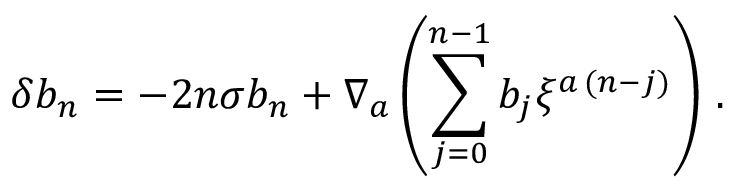
\delta b _ { n } = - 2 n \sigma b _ { n } + \nabla _ { a } \left( \sum _ { j = 0 } ^ { n - 1 } b _ { j } \xi ^ { a \, ( n - j ) } \right) \, .